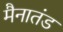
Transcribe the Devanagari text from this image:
मैनातंड